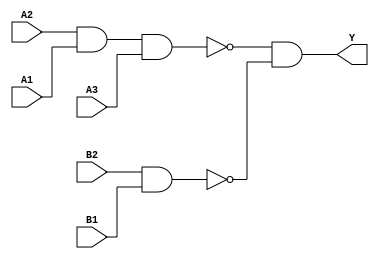
module sky130_fd_sc_hdll__a32oi_5 (
    Y ,
    A1,
    A2,
    A3,
    B1,
    B2
);
    output Y ;
    input  A1;
    input  A2;
    input  A3;
    input  B1;
    input  B2;
    wire nand0_out ;
    wire nand1_out ;
    wire and0_out_Y;
    nand nand0 (nand0_out , A2, A1, A3          );
    nand nand1 (nand1_out , B2, B1              );
    and  and0  (and0_out_Y, nand0_out, nand1_out);
    buf  buf0  (Y         , and0_out_Y          );
endmodule